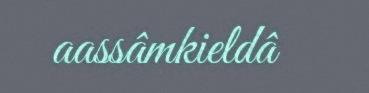
aassâmkieldâ